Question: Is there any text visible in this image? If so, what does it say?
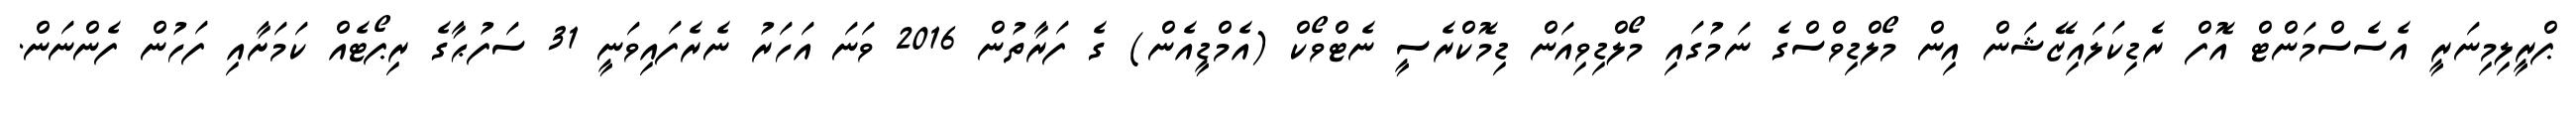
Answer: ޕްރީލިމިނަރީ އެސެސްމަންޓް އޮފް ރެޑިކަލައިޒޭޝަން އިން މޯލްޑިވްސްގެ ނަމުގައި މޯލްޑިވިއަން ޑިމޮކްރެސީ ނެޓްވޯކް (އެމްޑީއެން) ގެ ފަރާތުން 2016 ވަނަ އަހަރު ނެރެފައިވަނީ 31 ސަފުޙާގެ ރިޕޯޓެއް ކަމަށާއި ފަހުން ފެންނަން.